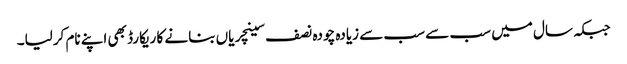
جبکہ سال میں سب سے سب سے زیادہ چودہ نصف سینچریاں بنانے کا ریکارڈ بھی اپنے نام کرلیا۔